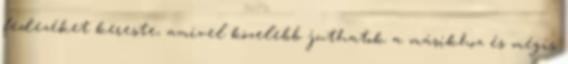
fedezéket kereste, amivel közelebb juthatok a másikhoz és mégis